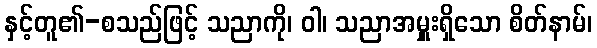
နှင့်တူ၏-စသည်ဖြင့် သညာကို၊ ဝါ၊ သညာအမှူးရှိသော စိတ်နာမ်၊